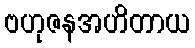
ဗဟုဇနအဟိတာယ